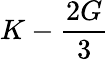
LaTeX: K-{\frac{2G}{3}}